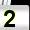
Digit: 2